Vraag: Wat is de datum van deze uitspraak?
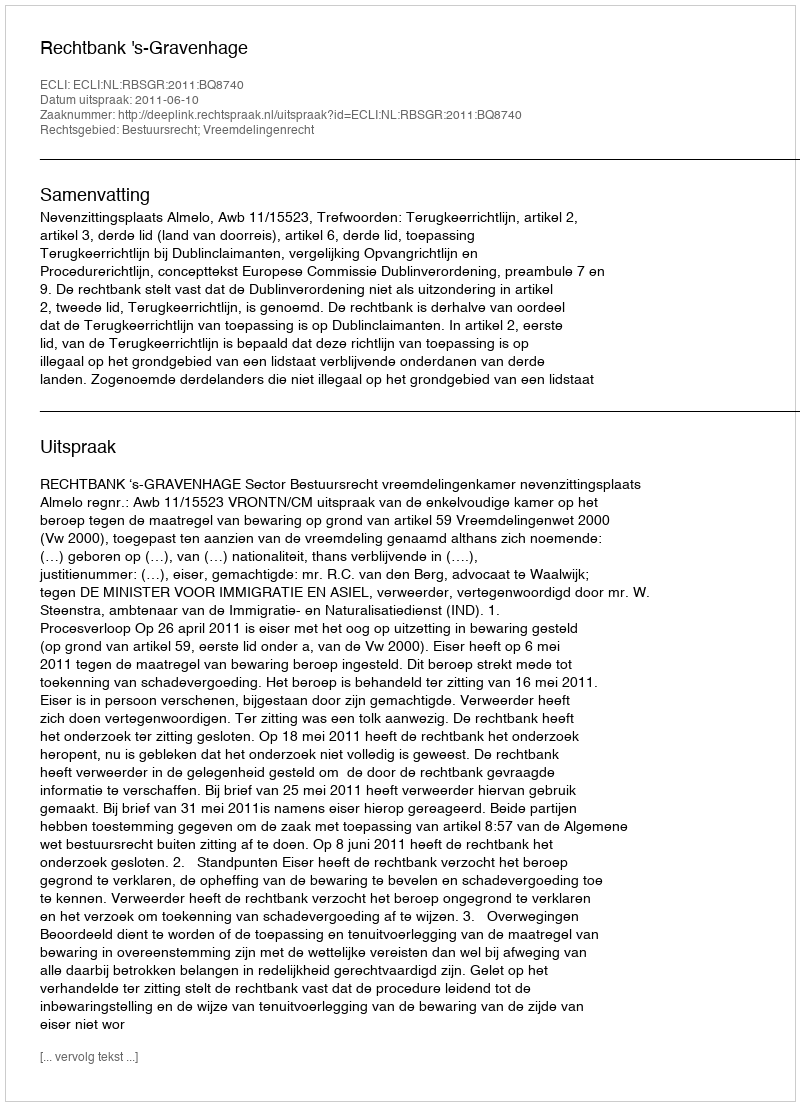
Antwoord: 2011-06-10